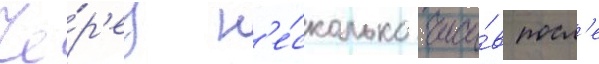
Че́р'ез н'е́сколько часо́в посл'е